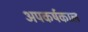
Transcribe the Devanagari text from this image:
अपकर्षकाल